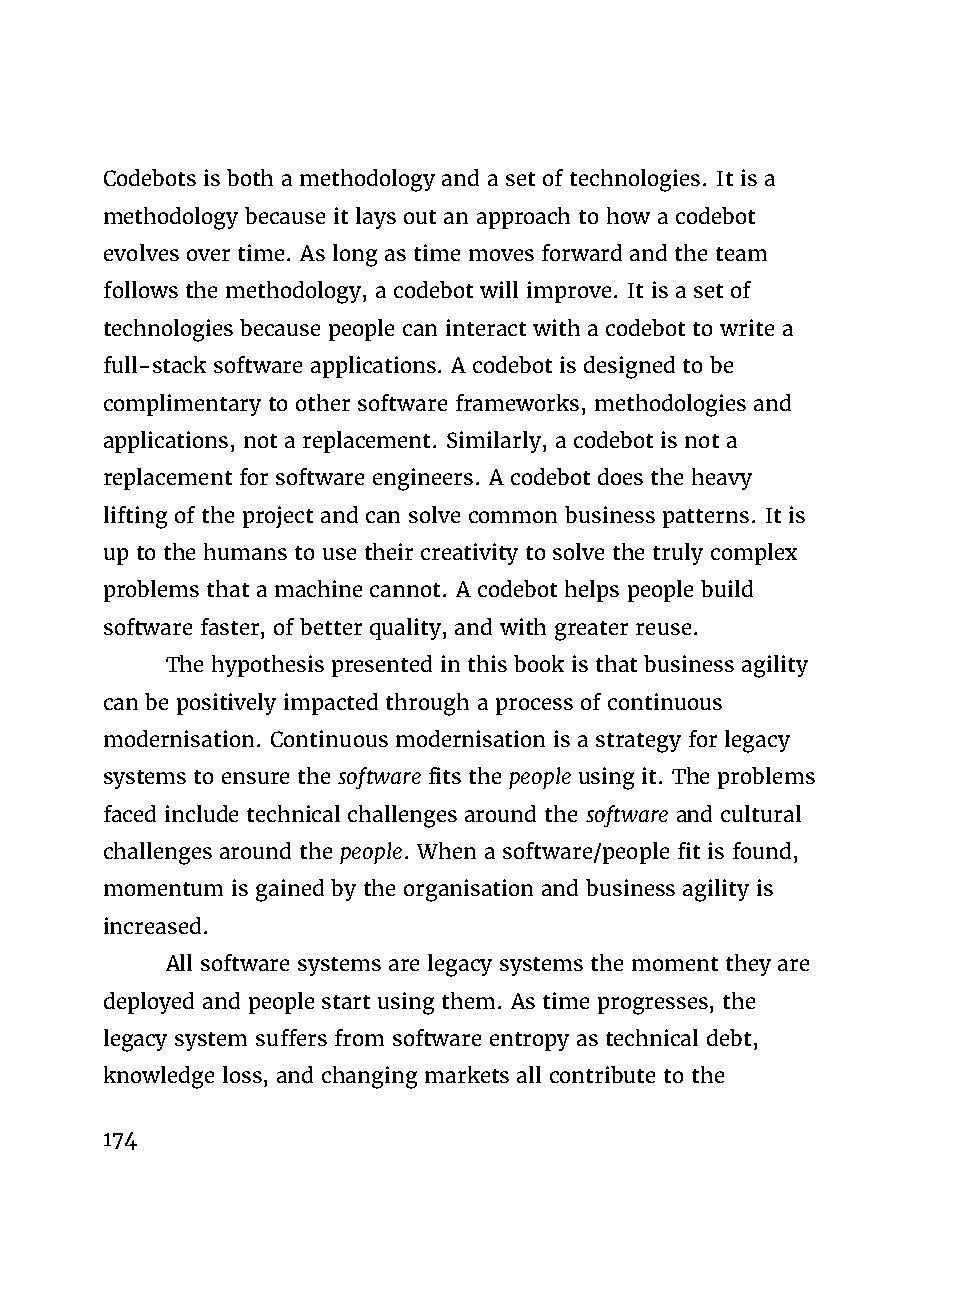
Codebots is both a methodology and a set of technologies. It is a
 methodology because it lays out an approach to how a codebot
 evolves over time. As long as time moves forward and the team
 follows the methodology, a codebot will improve. It is a set of
 technologies because people can interact with a codebot to write a
 full-stack software applications. A codebot is designed to be
 complimentary to other software frameworks, methodologies and
 applications, not a replacement. Similarly, a codebot is not a
 replacement for software engineers. A codebot does the heavy
 lifting of the project and can solve common business patterns. It is
 up to the humans to use their creativity to solve the truly complex
 problems that a machine cannot. A codebot helps people build
 software faster, of better quality, and with greater reuse.
 The hypothesis presented in this book is that business agility
 can be positively impacted through a process of continuous
 modernisation. Continuous modernisation is a strategy for legacy
 systems to ensure the software fits the people using it. The problems
 faced include technical challenges around the software and cultural
 challenges around the people. When a software/people fit is found,
 momentum is gained by the organisation and business agility is
 increased.
 All software systems are legacy systems the moment they are
 deployed and people start using them. As time progresses, the
 legacy system suffers from software entropy as technical debt,
 knowledge loss, and changing markets all contribute to the
 174